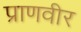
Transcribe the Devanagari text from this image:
प्राणवीर